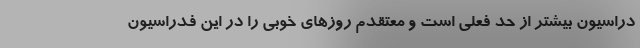
دراسیون بیشتر از حد فعلی است و معتقدم روزهای خوبی را در این فدراسیون